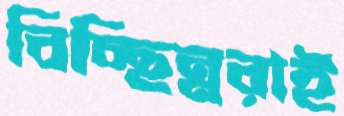
বিচ্ছিন্নরাই